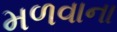
મળવાના